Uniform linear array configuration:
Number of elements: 16
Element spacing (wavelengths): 1
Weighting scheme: exponential
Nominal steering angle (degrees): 0
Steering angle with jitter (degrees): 1.409
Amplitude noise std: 0.05
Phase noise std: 0.05

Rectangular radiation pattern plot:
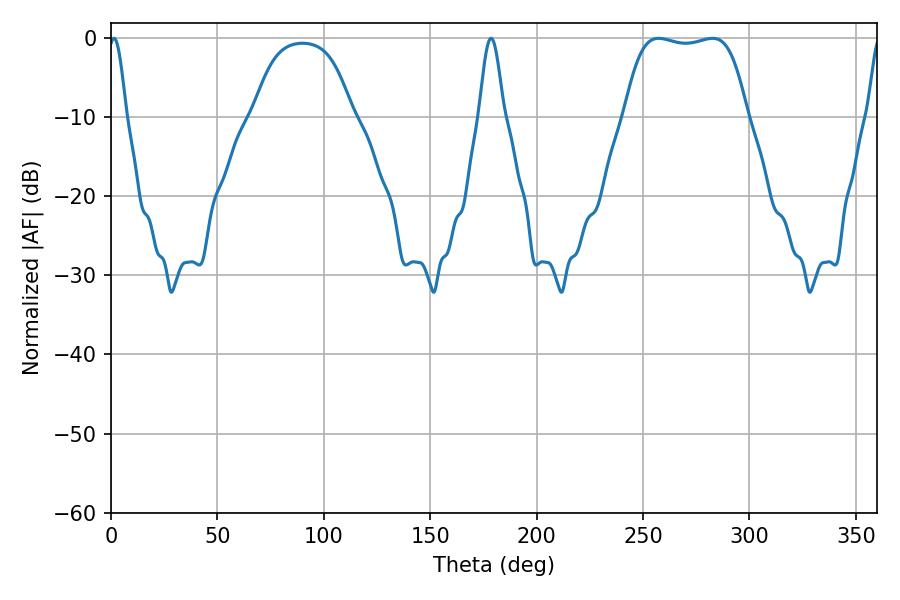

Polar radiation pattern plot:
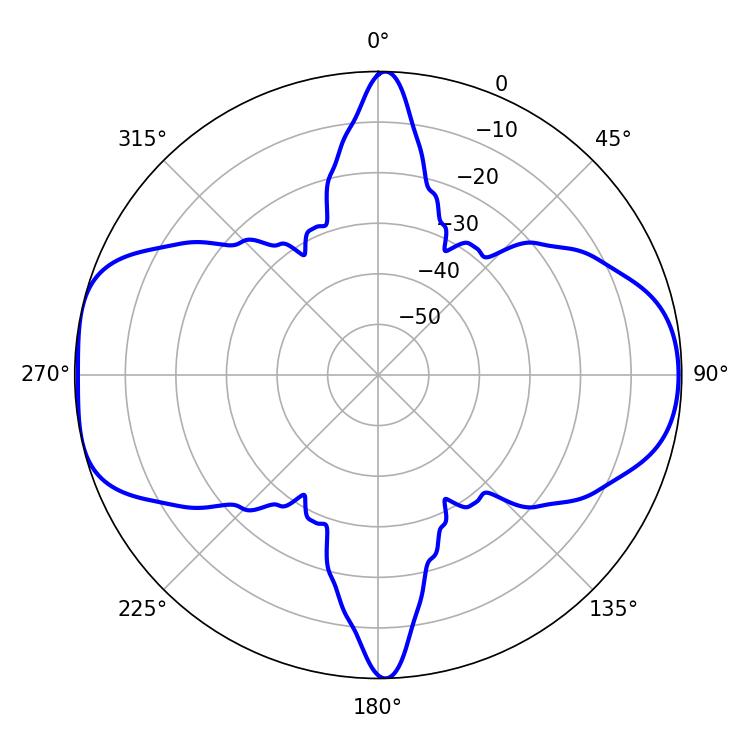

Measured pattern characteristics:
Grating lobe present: TRUE
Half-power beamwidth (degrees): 45.36
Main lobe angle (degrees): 257.4